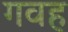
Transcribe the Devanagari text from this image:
गवह